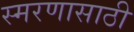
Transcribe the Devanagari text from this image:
स्मरणासाठी